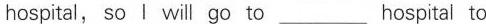
hospital, so I will go to___hospital to